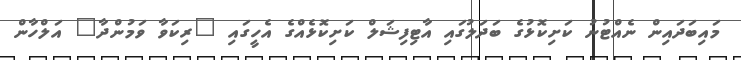
މައިބަދައިން ނެއްޓުނު ކަށިކޮޅުގެ ބަދަލުގައި އާޓިފިޝަލް ކަށިކޮޅެއްގެ އެހީގައި "ރިކަވާ ވަމުންދާ" އަލްހާން